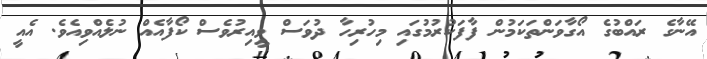
އޭނާގެ ރައްބުގެ އޯގާވަންތަކަމުން ފާފަކުރުމުގައި މިހުރިހާ ދުވަސް ވީއިރުވެސް ކޯފާއެއް ނުލެއްވިއެވެ. އެއީ